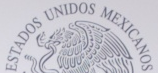
ESTADOS UNIDOS MEXICANOS